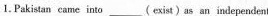
1. Pakistan came into___( exist)as an independent